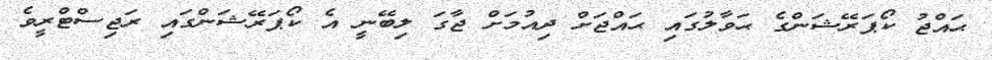
ޙައްޖު ކޯޕަރޭޝަންގެ ޙަވާލުގައި ޙައްޖަށް ދިއުމަށް ޖާގަ ލިބޭނީ އެ ކޯޕަރޭޝަންގައި ރަޖިސްޓްރީވެ